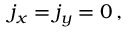
j _ { x } = j _ { y } = 0 \, ,